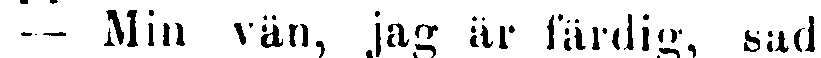
— Min vän, jag är färdig, sade